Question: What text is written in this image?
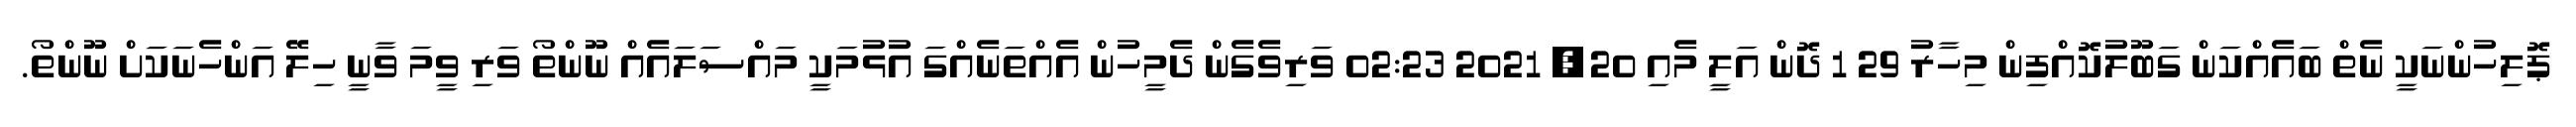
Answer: ޕޮލިހުންނަކީ ނެތް ބައެއްކަން ގަބޫލުކޮއްފިން މިހާރު 29 1 ދޮން އަލީ މެއި 20, 2021 02:23 ވަރިވެގެން ދެމީހުން އެއްތަނެއްގަ އުޅުމަކީ މައްސަލައެއް ނޫންތޯ ވަރި ވީމަ ވާނީ ހިލޭ އަންހެނަކަށް ނޫންތޯ.